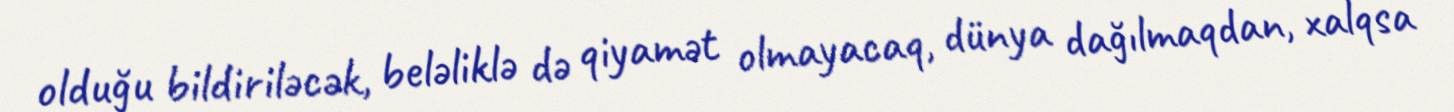
olduğu bildiriləcək, beləliklə də qiyamət olmayacaq, dünya dağılmaqdan, xalqsa